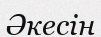
Әкесін